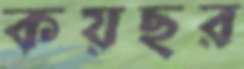
কয়ছর